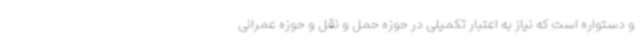
و دستواره است که نیاز به اعتبار تکمیلی در حوزه حمل و نقل و حوزه عمرانی